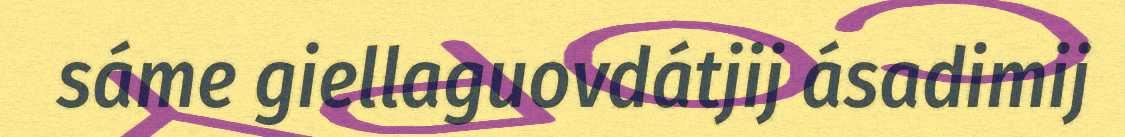
sáme giellaguovdátjij ásadimij